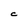
Character: C